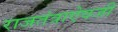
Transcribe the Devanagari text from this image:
राजतंत्राऐवजी